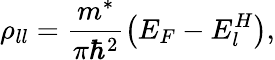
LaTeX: {\rho}_{ll}=\frac{m^{*}}{\pi{\hbar}^{2}}\left(E_{F}-E_{l}^{H}\right),